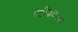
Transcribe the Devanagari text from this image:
पेटीवादनाची